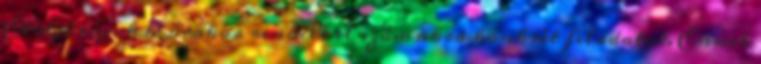
Elöljárójuk 12 órakor rendelt el számukra konkrét feladatot. Ennek